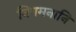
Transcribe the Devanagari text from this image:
निगमनानि